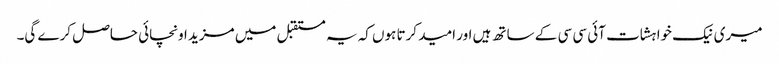
میری نیک خواہشات آئی سی سی کے ساتھ ہیں اور امید کرتا ہوں کہ یہ مستقبل میں مزید اونچائی حاصل کرے گی۔